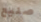
صنيع